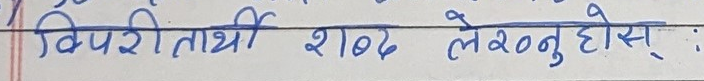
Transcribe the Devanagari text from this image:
विपरीतार्यी शब्द लेख्नुहोस् :